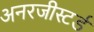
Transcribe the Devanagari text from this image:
अनरजीस्टर्ड